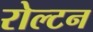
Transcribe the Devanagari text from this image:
रोल्टन